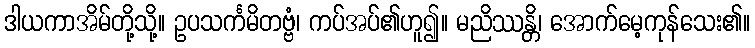
ဒါယကာအိမ်တို့သို့။ ဥပသင်္ကမိတဗ္ဗံ၊ ကပ်အပ်၏ဟူ၍။ မညိဿန္တိ၊ အောက်မေ့ကုန်သေး၏။